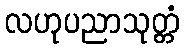
လဟုပညာသုတ္တံ